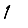
Digit: 1